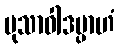
မုသာဝါဒမ္ပာဟံ